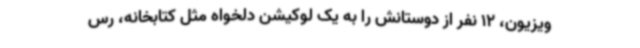
ویزیون، 12 نفر از دوستانش را به یک لوکیشن دلخواه مثل کتابخانه، رس